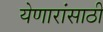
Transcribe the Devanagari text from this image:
येणारांसाठी